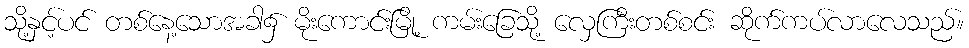
သို့နှင့်ပင် တစ်နေ့သောအခါ၌ မိုးကောင်းမြို့ ကမ်းခြေသို့ လှေကြီးတစ်စင်း ဆိုက်ကပ်လာလေသည်။